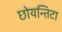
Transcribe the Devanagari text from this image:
छोयन्तिटा